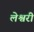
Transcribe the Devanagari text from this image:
लेश्वरी